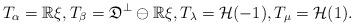
LaTeX: \begin{align*}T_\alpha=\mathbb R\xi, T_\beta=\mathfrak D^\perp\ominus\mathbb R\xi, T_\lambda=\mathcal H(-1), T_\mu=\mathcal H(1).\end{align*}